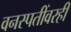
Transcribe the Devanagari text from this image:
वनस्पतींवरही